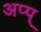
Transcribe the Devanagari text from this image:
अप्प्